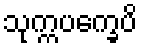
သုက္ကပက္ခေပိ